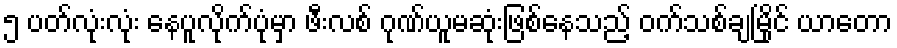
၅ ပတ်လုံးလုံး နေပူလိုက်ပုံမှာ ဖီးလစ် ဂုဏ်ယူမဆုံးဖြစ်နေသည့် ဝက်သစ်ချမြိုင် ယာတော